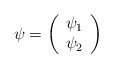
\begin{align*}\psi = \left( \begin{array}{c}\psi_1 \\ \psi_2 \end{array} \right)\end{align*}